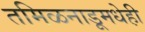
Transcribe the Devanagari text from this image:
तमिळनाडूमधेही